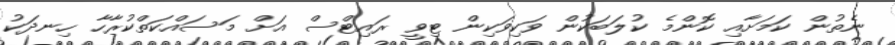
ނެތުން ކަމަށާއި ކޮންމެ ކުލަބަކުން ވަކިވަކިން ޓިވީ ރައިޓްސް އަށް މަސައްކަތްކުރާހާ ހިނދަކު